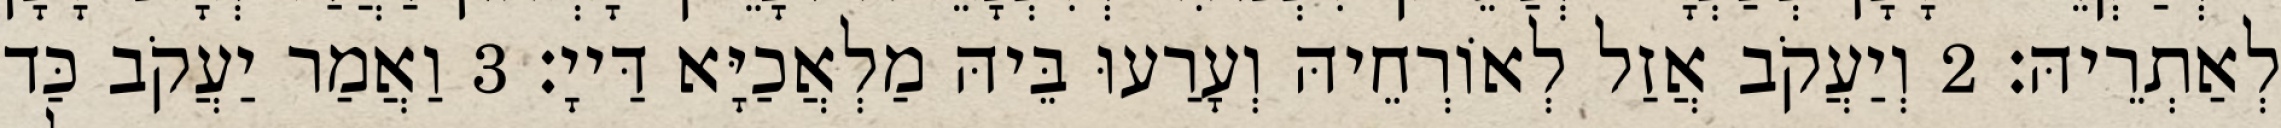
לְאַתְרֵיהּ׃ 2 וְיַעֲקֹב אֲזַל לְאוֹרְחֵיהּ וְעָרַעוּ בֵּיהּ מַלְאֲכַיָּא דַּייָ׃ 3 וַאֲמַר יַעֲקֹב כַּד